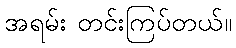
အရမ်း တင်းကြပ်တယ်။